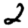
Digit: 2